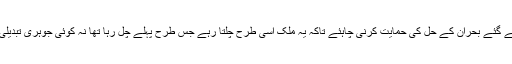
ہر عقل مند اور مصلحت پسند یہی کرے گا اس لئے پورے ملک کو ن لیگ کی طرف سے پیش کئے گئے بحران کے حل کی حمایت کرنی چاہئے تاکہ یہ ملک اسی طرح چلتا رہے جس طرح پہلے چل رہا تھا نہ کوئی جوہری تبدیلی آئے نہ آنے دی جائے یاد رکھیئے تاریخ مگر یہ حل قبول نہیں کرے گی تبدیلی آکر رہے گی….